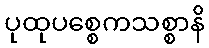
ပုထုပစ္စေကသစ္စာနိ